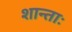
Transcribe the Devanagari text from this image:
शान्ताः